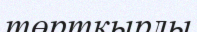
төртқырлы